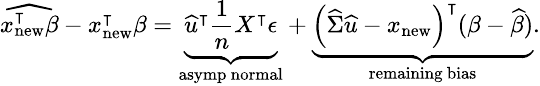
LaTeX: \small\widehat{x_{\mathrm{new}}^{\intercal}\beta}-x_{\mathrm{new}}^{\intercal}\beta=\underbrace{\widehat{u}^{\intercal}\frac{1}{n}X^{\intercal}\epsilon}_{\mathrm{asymp~normal}}+\underbrace{\left(\widehat{\Sigma}\widehat{u}-x_{\mathrm{new}}\right)^{\intercal}(\beta-\widehat{\beta})}_{\mathrm{remaining~bias}}.